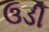
ઉડી